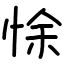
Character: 悇